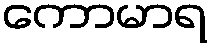
ကောမာရ